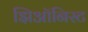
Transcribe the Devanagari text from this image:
झिऑनिस्ट